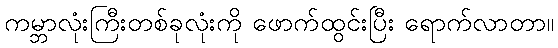
ကမ္ဘာလုံးကြီးတစ်ခုလုံးကို ဖောက်ထွင်းပြီး ရောက်လာတာ။